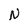
Character: N